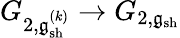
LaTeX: G_{2,\mathfrak{g}_{\mathrm{sh}}^{(k)}}\to G_{2,\mathfrak{g}_{\mathrm{sh}}}